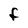
Character: F